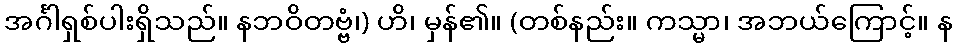
အင်္ဂါရှစ်ပါးရှိသည်။ နဘဝိတဗ္ဗံ၊) ဟိ၊ မှန်၏။ (တစ်နည်း။ ကသ္မာ၊ အဘယ်ကြောင့်။ န